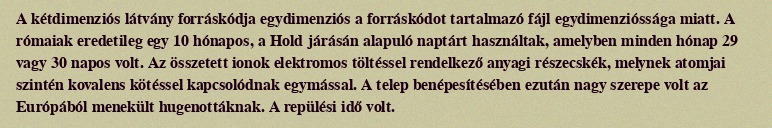
A kétdimenziós látvány forráskódja egydimenziós a forráskódot tartalmazó fájl egydimenzióssága miatt. A rómaiak eredetileg egy 10 hónapos, a Hold járásán alapuló naptárt használtak, amelyben minden hónap 29 vagy 30 napos volt. Az összetett ionok elektromos töltéssel rendelkező anyagi részecskék, melynek atomjai szintén kovalens kötéssel kapcsolódnak egymással. A telep benépesítésében ezután nagy szerepe volt az Európából menekült hugenottáknak. A repülési idő volt.